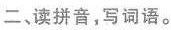
二、读拼音，写词语。